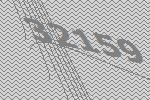
32159